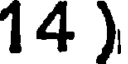
14 )